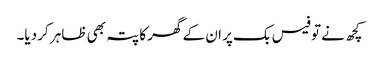
کچھ نے تو فیس بک پر ان کے گھر کا پتہ بھی ظاہر کر دیا۔